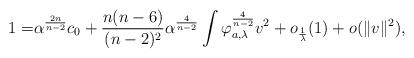
LaTeX: \begin{align*}1= &\alpha^{\frac{2n}{n-2}}c_{0}+\frac{n(n-6)}{(n-2)^{2}}\alpha^{\frac{4}{n-2}}\int \varphi_{a, \lambda}^{\frac{4}{n-2}}v^{2}+o_{\frac{1}{\lambda}}(1)+o(\Vert v \Vert^{2}),\end{align*}